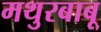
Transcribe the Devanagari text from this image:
मथुरबाबू